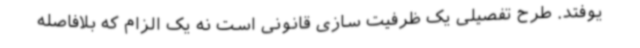
یوفتد. طرح تفصیلی یک ظرفیت سازی قانونی است نه یک الزام که بلافاصله